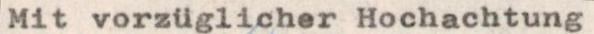
Mit vorzüglicher Hochachtung